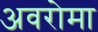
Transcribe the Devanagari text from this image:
अवरोमा